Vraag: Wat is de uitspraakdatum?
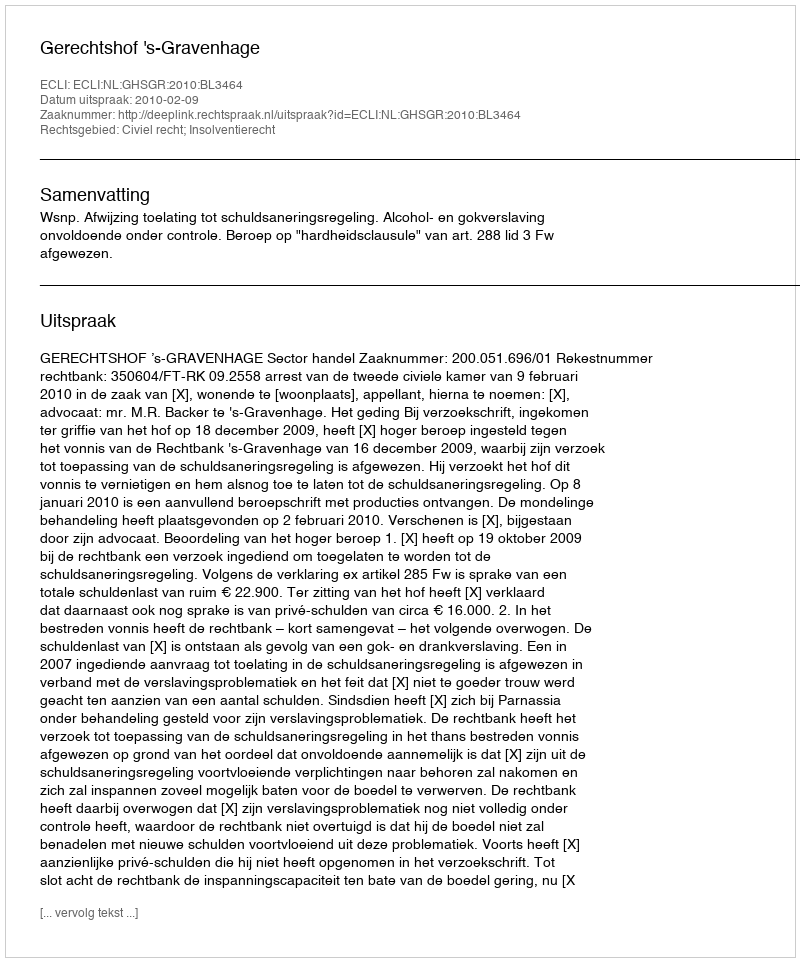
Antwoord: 2010-02-09